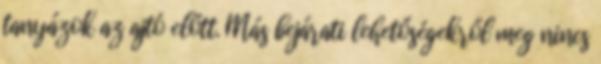
tanyázok az ajtó előtt. Más bejárati lehetőségekről meg nincs